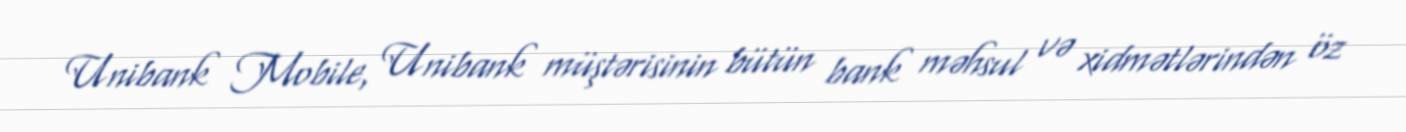
Unibank Mobile, Unibank müştərisinin bütün bank məhsul və xidmətlərindən öz